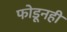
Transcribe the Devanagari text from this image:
फोडूनही